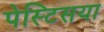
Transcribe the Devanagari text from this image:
पेस्टिसया